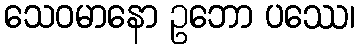
သေဝမာနော ဥဘော ပဿေ၊